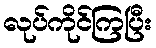
လုပ်ကိုင်ကြပြီး